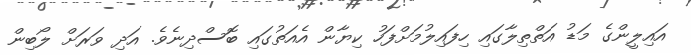
އައިލީންގެ މަޑު އަތްތިލާގައި ހިފައިލުމަށްފަހު ކިޔާން އެއަތުގައި ބޮސްދިނެވެ. އަދި ވަަރަށް ލޯބިން